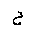
Letter: _ha